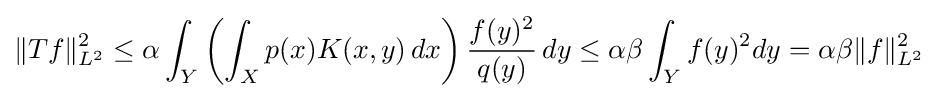
\Vert Tf\Vert _{L^{2}}^{2}\leq \alpha \int _{Y}\left(\int _{X}p(x)K(x,y)\,dx\right){\frac {f(y)^{2}}{q(y)}}\,dy\leq \alpha \beta \int _{Y}f(y)^{2}dy=\alpha \beta \Vert f\Vert _{L^{2}}^{2}